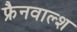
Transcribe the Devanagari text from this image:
फ्रैनवाल्श